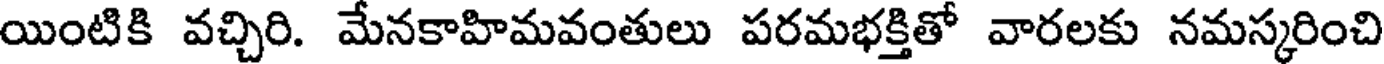
యింటికి వచ్చిరి. మేనకాహిమవంతులు పరమభక్తితో వారలకు నమస్కరించి